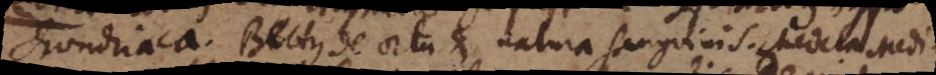
chondriaca. Bettus de ortu et natura sanguinis. Medela Medi-